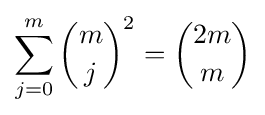
\sum _{j=0}^{m}{\binom {m}{j}}^{2}={\binom {2m}{m}}